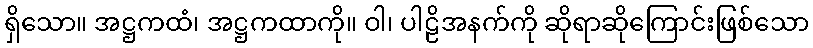
ရှိသော။ အဋ္ဌကထံ၊ အဋ္ဌကထာကို။ ဝါ၊ ပါဠိအနက်ကို ဆိုရာဆိုကြောင်းဖြစ်သော